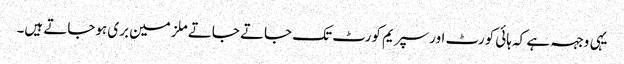
یہی وجہہ ہے کہ ہائی کورٹ اورسپریم کورٹ تک جاتے جاتے ملزمین بری ہوجاتے ہیں۔